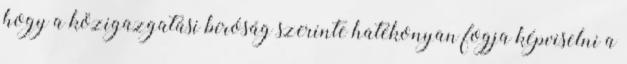
hogy a közigazgatási bíróság szerinte hatékonyan fogja képviselni a